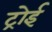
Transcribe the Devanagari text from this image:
ट्रोई